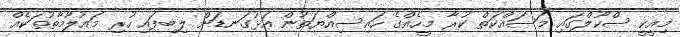
މިއީކީ ސްކޫލްގައި މަސައްކަތް ކުރާ މީހެއްގެ ހައިސިއްޔަތުން އަޅުގަނޑަށް ލިބިފައި ހުރި މައުލޫމާތުތަކެއް